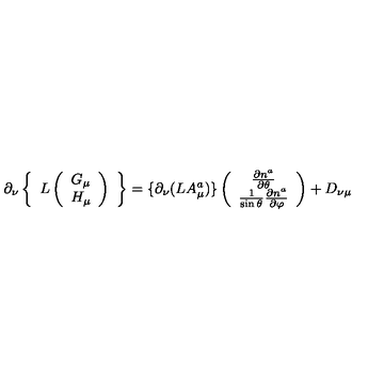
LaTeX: \partial _ { \nu } \left\{ \begin{array} { c } { L \left( \begin{array} { c } { G _ { \mu } } \\ { H _ { \mu } } \\ \end{array} \right) } \\ \end{array} \right\} = \{ \partial _ { \nu } ( L A _ { \mu } ^ { a } ) \} \left( \begin{array} { c } { \frac { \partial n ^ { a } } { \partial \theta } } \\ { \frac { 1 } { \sin \theta } \frac { \partial n ^ { a } } { \partial \varphi } } \\ \end{array} \right) + D _ { \nu \mu }